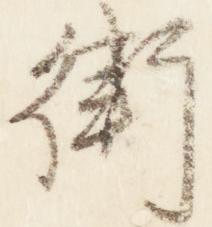
衛